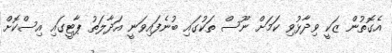
އެގޮތުން ޒަކީ ވިދާޅުވި ކަމަށް ނޫސް ތަކުގައި ބުނެފައިވަނީ އަދާލަތު ޕާޓީގައި އިސްކޮށް